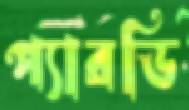
প্যারডি